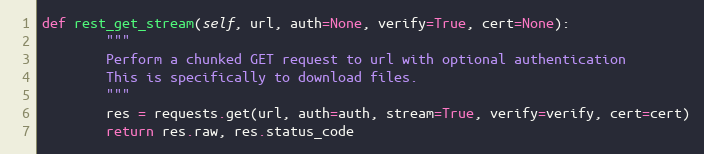
Language: Python
def rest_get_stream(self, url, auth=None, verify=True, cert=None):
        """
        Perform a chunked GET request to url with optional authentication
        This is specifically to download files.
        """
        res = requests.get(url, auth=auth, stream=True, verify=verify, cert=cert)
        return res.raw, res.status_code